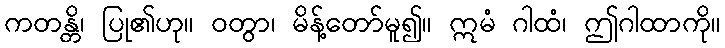
ကတန္တိ၊ ပြု၏ဟု။ ဝတွာ၊ မိန့်တော်မူ၍။ ဣမံ ဂါထံ၊ ဤဂါထာကို။